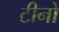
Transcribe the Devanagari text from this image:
टीनो